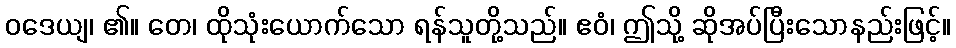
ဝဒေယျ၊ ၏။ တေ၊ ထိုသုံးယောက်သော ရန်သူတို့သည်။ ဧဝံ၊ ဤသို့ ဆိုအပ်ပြီးသောနည်းဖြင့်။